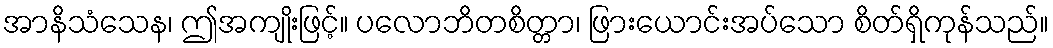
အာနိသံသေန၊ ဤအကျိုးဖြင့်။ ပလောဘိတစိတ္တာ၊ ဖြားယောင်းအပ်သော စိတ်ရှိကုန်သည်။